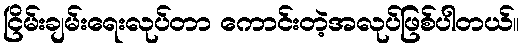
ငြိမ်းချမ်းရေးလုပ်တာ ကောင်းတဲ့အလုပ်ဖြစ်ပါတယ်။